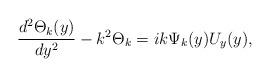
LaTeX: \begin{align*}\frac{d^2\Theta_{k}(y)}{dy^2} - k^2 \Theta_k= i k \Psi_k(y)U_y(y),\end{align*}